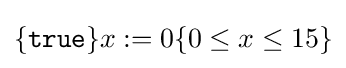
\{{\texttt {true}}\}x:=0\{0\leq x\leq 15\}